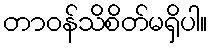
တာဝန်သိစိတ်မရှိပါ။